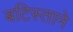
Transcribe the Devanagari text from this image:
बटिस्ताने